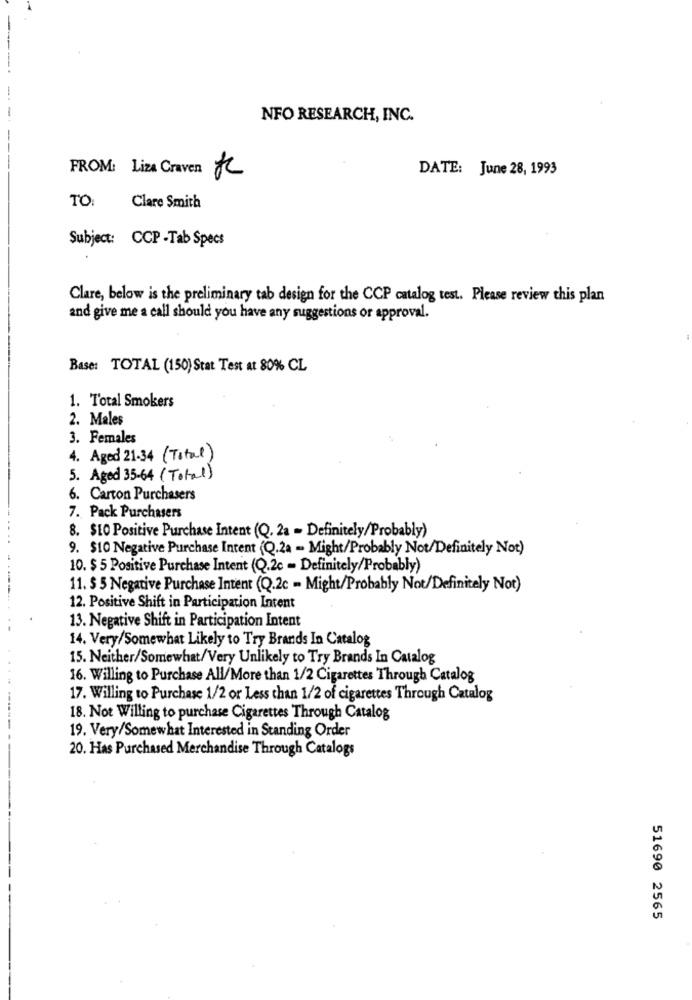
NFO RESEARCH, INC.
DATE: June 28, 1993
FROM: Liza Craven JC
TO:
Clare Smith
Subject: CCP -Tab Specs
Clare, below is the preliminary tab design for the CCP catalog test. Please review this plan
and give me a call should you have any suggestions or approval.
Base: TOTAL (150) Stat Test at 80% CL
1. Total Smokers
2. Males
3. Females
4. Aged 21.34 (Total)
5. Aged 35-64 (Total)
6. Carton Purchasers
7. Pack Purchasers
8. $LO Positive Purchase Intent (Q. 2a - Definitely/Probably)
9. $10 Negative Purchase Intent (Q.2a - Might/Probably Not/Definitely Not)
10. $ 5 Positive Purchase Intent (Q.2c - Definitely/Probably)
11. $ 5 Negative Purchase Intent (Q.2c - Might/Probably Not/Definitely Not)
12. Positive Shift in Participation Intent
13. Negative Shift in Participation Intent
14. Very/Somewhat Likely to Try Brands In Catalog
15. Neither/Somewhat/Very Unlikely to Try Brands In Catalog
16. Willing to Purchase All/More than 1/2 Cigarettes Through Catalog
17. Willing to Purchase 1/2 or Less than 1/2 of cigarettes Through Catalog
18. Not Willing to purchase Cigarettes Through Catalog
19. Very/Somewhat Interested in Standing Order
20. Has Purchased Merchandise Through Catalogs
51690 2565